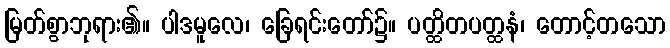
မြတ်စွာဘုရား၏။ ပါဒမူလေ၊ ခြေရင်းတော်၌။ ပတ္ထိတပတ္ထနံ၊ တောင့်တသော